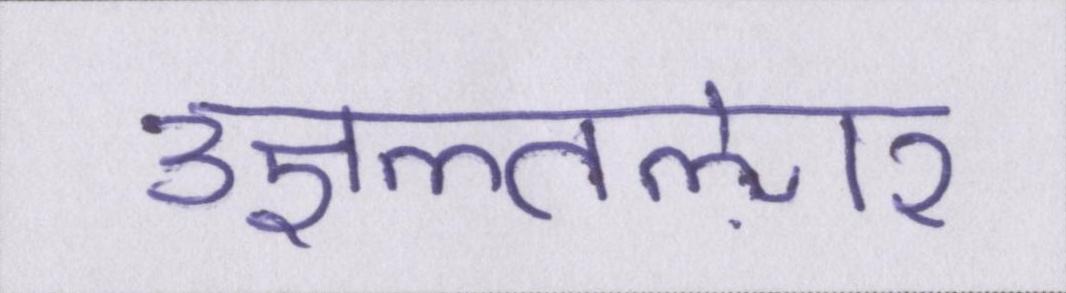
उज्ञल्तऌार